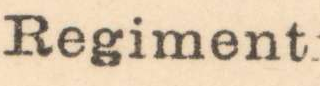
Regiment